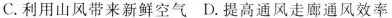
C.利用山风带来新鲜空气D.提高通风走廊通风效率